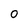
Character: 0